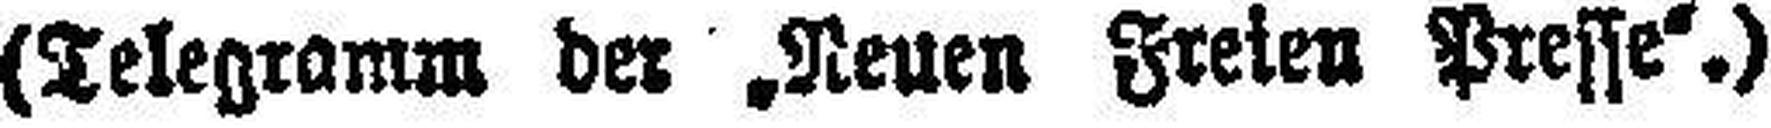
(Telegramm der „Neuen Freien Presse“.)